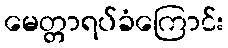
မေတ္တာရပ်ခံကြောင်း